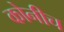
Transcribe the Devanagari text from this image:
कोनीच